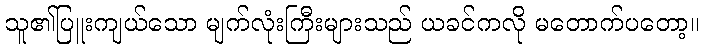
သူ၏ပြူးကျယ်သော မျက်လုံးကြီးများသည် ယခင်ကလို မတောက်ပတော့။